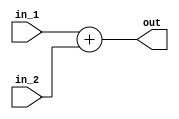
module adder (
    input  wire    [31:0]    in_1      ,
    input  wire    [31:0]    in_2      ,
    output wire    [31:0]    out 
);

assign out = in_1 + in_2 ;

endmodule